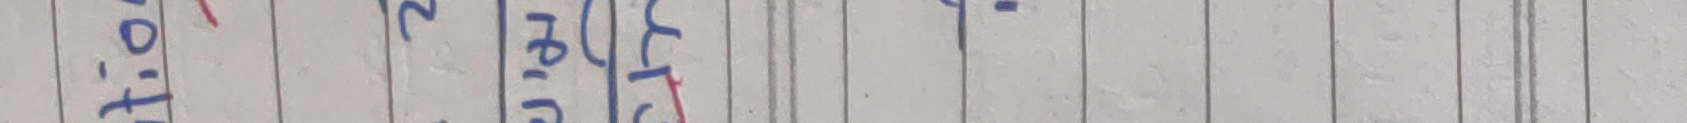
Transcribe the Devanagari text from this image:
तो + २ हेरि छु